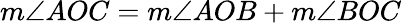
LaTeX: m\angle AOC=m\angle AOB+m\angle BOC